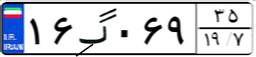
۱۶گ۰۶۹۳۵